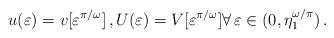
LaTeX: \begin{align*} u(\varepsilon) = v[\varepsilon^{\pi/\omega}]\,, U(\varepsilon) = V[\varepsilon^{\pi/\omega}] \forall\, \varepsilon\in(0,\eta_1^{\omega/\pi})\,.\end{align*}